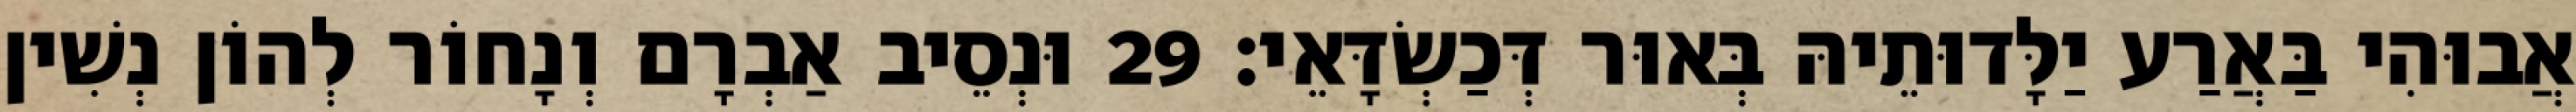
אֲבוּהִי בַּאֲרַע יַלָּדוּתֵיהּ בְּאוּר דְּכַשְׂדָּאֵי׃ 29 וּנְסֵיב אַבְרָם וְנָחוֹר לְהוֹן נְשִׁין